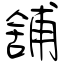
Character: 舖